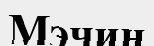
Мэчин